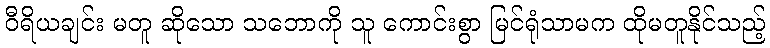
ဝီရိယချင်း မတူ ဆိုသော သဘောကို သူ ကောင်းစွာ မြင်ရုံသာမက ထိုမတူနိုင်သည့်